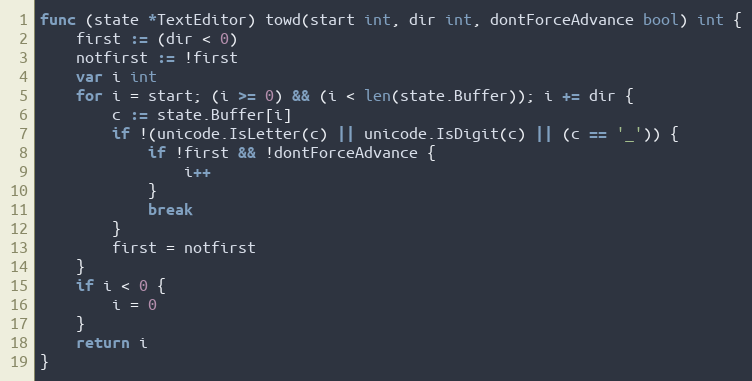
Language: Go
func (state *TextEditor) towd(start int, dir int, dontForceAdvance bool) int {
	first := (dir < 0)
	notfirst := !first
	var i int
	for i = start; (i >= 0) && (i < len(state.Buffer)); i += dir {
		c := state.Buffer[i]
		if !(unicode.IsLetter(c) || unicode.IsDigit(c) || (c == '_')) {
			if !first && !dontForceAdvance {
				i++
			}
			break
		}
		first = notfirst
	}
	if i < 0 {
		i = 0
	}
	return i
}